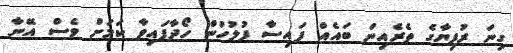
ގިނަ ރުފިޔާގެ ތެރެއިން ބައެއް ފައިސާ ފުލުހުން ހޯދާފައިވާ ކަމަށް ވެސް އޭނާ